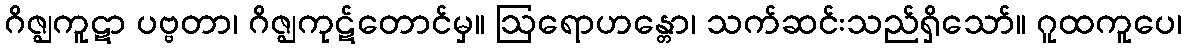
ဂိဇ္ဈကူဋာ ပဗ္ဗတာ၊ ဂိဇ္ဈကုဋ်တောင်မှ။ ဩရောဟန္တော၊ သက်ဆင်းသည်ရှိသော်။ ဂူထကူပေ၊